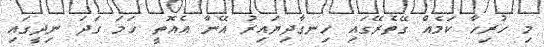
މި ހުރިހާ ކަމެއް ގޭތެރޭގައި ހިނގާދިޔައިރު އޭނާ އެއޮތީ ހަމަ ގަދަ ނިދީގައި